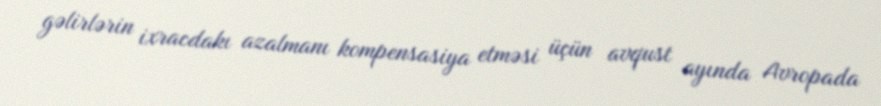
gəlirlərin ixracdakı azalmanı kompensasiya etməsi üçün avqust ayında Avropada